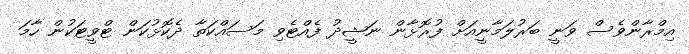
އިމްރާންވެސް ވަނީ ބަރުލަމާނީއަށް ފުރޮޅާން ނަަޝީދު ފެއްޓެވި މަސައްކަތާ ދެކޮޅުކަން ޓްވީޓަކުން ހާމަ